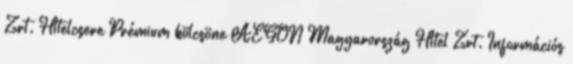
Zrt. Hitelcsere Prémium kölcsöne AEGON Magyarország Hitel Zrt. Információs